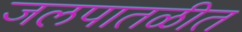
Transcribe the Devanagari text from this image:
जलपातळीत